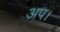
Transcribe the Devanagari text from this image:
अप।